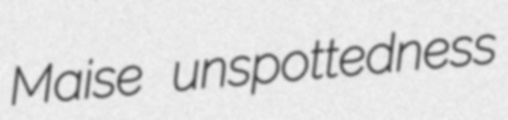
Maise unspottedness